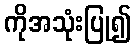
ကိုအသုံးပြု၍